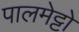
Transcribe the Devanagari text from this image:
पालमेट्टो